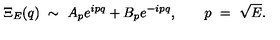
\Xi _ { E } ( q ) \ \sim \ A _ { p } e ^ { i p q } + B _ { p } e ^ { - i p q } , \qquad p \ = \ \sqrt { E } .